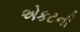
એકટની